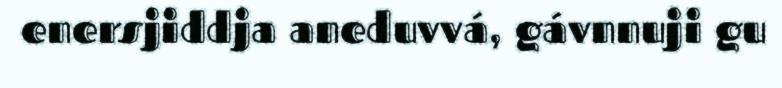
enersjiddja aneduvvá, gávnnuji gu